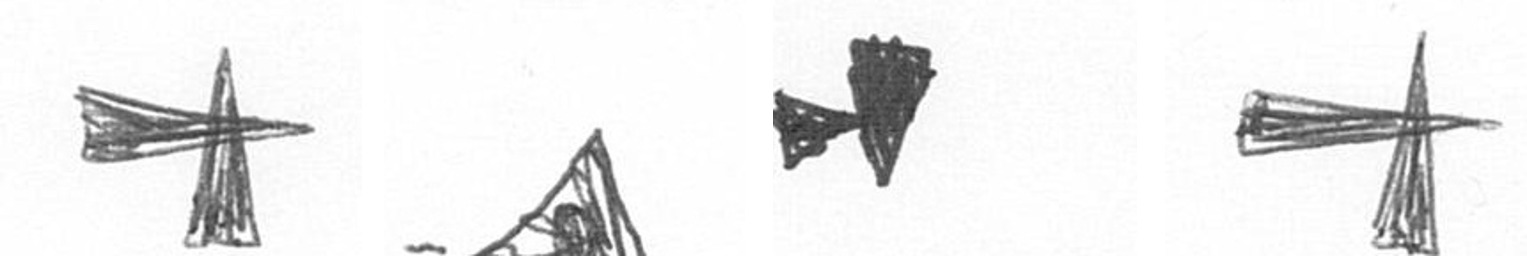
G O M G